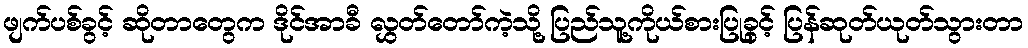
ဖျက်ပစ်ခွင့် ဆိုတာတွေက ဒိုင်အာခီ လွှတ်တော်ကဲ့သို့ ပြည်သူ့ကိုယ်စားပြုခွင့် ပြန်ဆုတ်ယုတ်သွားတာ